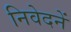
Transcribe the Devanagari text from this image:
निवेदनें